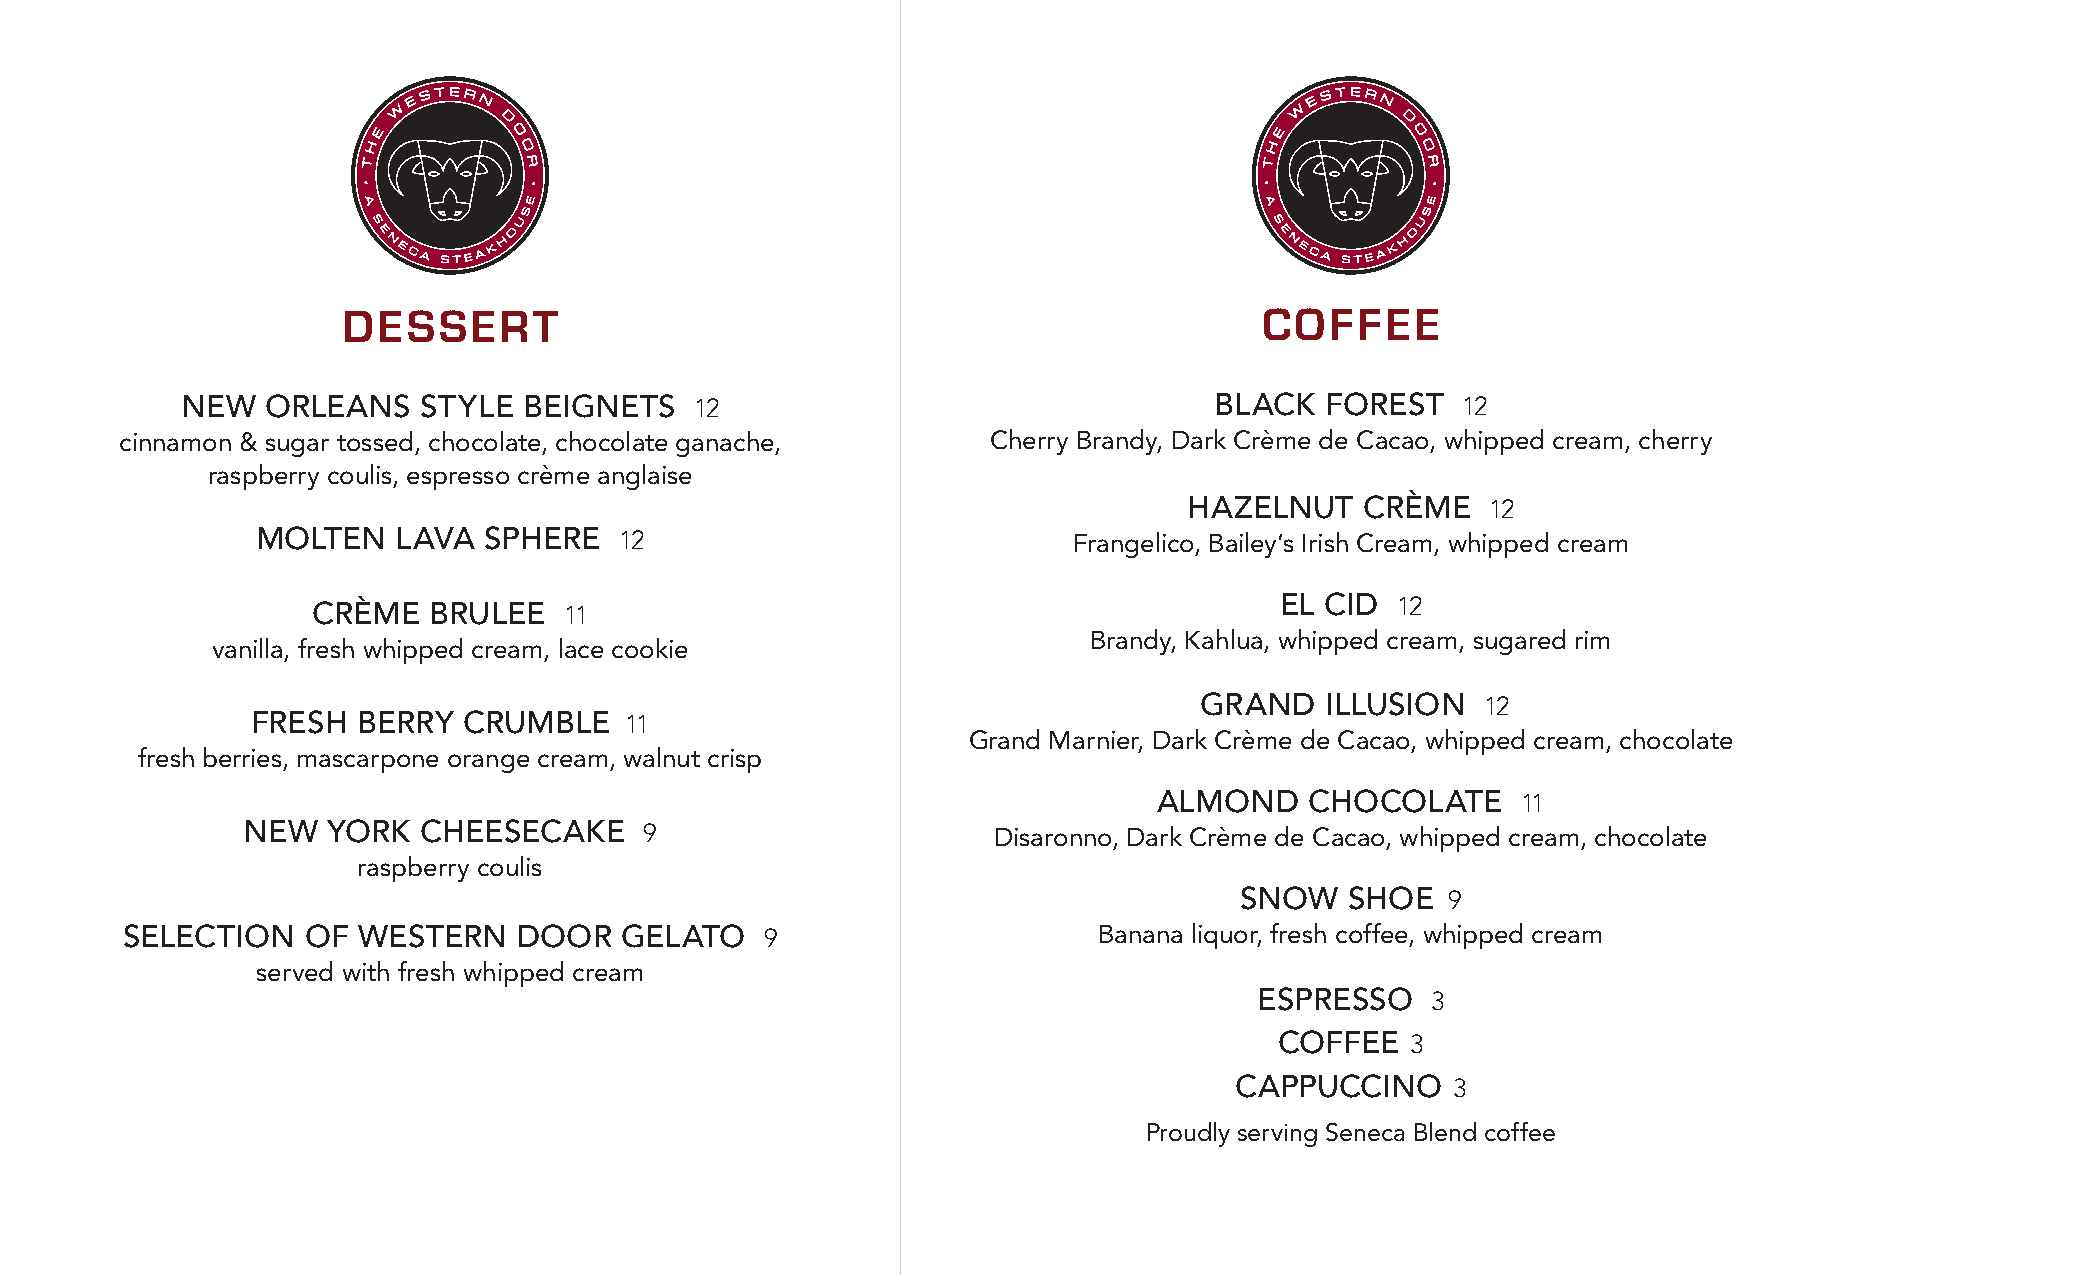
DESSERT                                                      COFFEE
 NEW   ORLEANS   STYLE  BEIGNETS   12                                BLACK   FOREST   12
 cinnamon & sugar tossed, chocolate, chocolate ganache,    Cherry Brandy, Dark Crème de Cacao, whipped cream, cherry
 raspberry coulis, espresso crème anglaise
 HAZELNUT   CRÈME    12
 MOLTEN   LAVA  SPHERE   12                            Frangelico, Bailey’s Irish Cream, whipped cream
 CRÈME  BRULEE   11                                              EL CID 12
 Brandy, Kahlua, whipped cream, sugared rim
 vanilla, fresh whipped cream, lace cookie
 GRAND    ILLUSION  12
 FRESH  BERRY  CRUMBLE   11
 Grand Marnier, Dark Crème de Cacao, whipped cream, chocolate
 fresh berries, mascarpone orange cream, walnut crisp
 ALMOND    CHOCOLATE     11
 NEW   YORK  CHEESECAKE     9                      Disaronno, Dark Crème de Cacao, whipped cream, chocolate
 raspberry coulis
 SNOW   SHOE   9
 SELECTION   OF  WESTERN   DOOR   GELATO    9                     Banana liquor, fresh coffee, whipped cream
 served with fresh whipped cream
 ESPRESSO    3
 COFFEE  3
 CAPPUCCINO    3
 Proudly serving Seneca Blend coffee